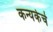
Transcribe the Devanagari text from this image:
कन्यकेचे